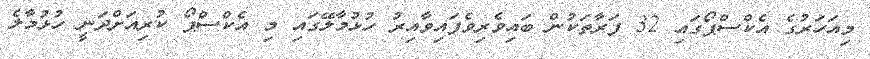
މިއަހަރުގެ އެކްސްޕޯގައި 32 ފަރާތަކުން ބައިވެރިވެފައިވާއިރު ހުޅުމާލޭގައި މި އެކްސްޕޯ ކުރިއަށްދަނީ ހުޅުމާލެ